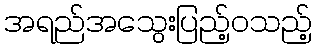
အရည်အသွေးပြည့်ဝသည့်